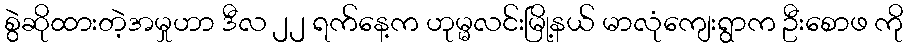
စွဲဆိုထားတဲ့အမှုဟာ ဒီလ ၂၂ ရက်နေ့က ဟုမ္မလင်းမြို့နယ် မာလုံကျေးရွာက ဦးစောဖ ကို